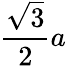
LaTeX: {\frac{\sqrt{3}}{2}}a